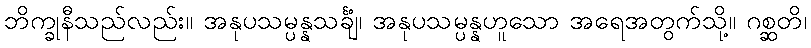
ဘိက္ခုနီသည်လည်း။ အနုပသမ္ပန္နသင်္ချံ၊ အနုပသမ္ပန္နဟူသော အရေအတွက်သို့။ ဂစ္ဆတိ၊